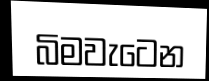
බිමවැටෙන